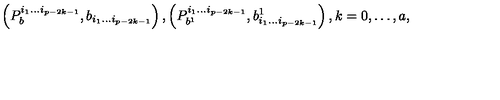
\left( P _ { b } ^ { i _ { 1 } \ldots i _ { p - 2 k - 1 } } , b _ { i _ { 1 } \ldots i _ { p - 2 k - 1 } } \right) , \left( P _ { b ^ { 1 } } ^ { i _ { 1 } \ldots i _ { p - 2 k - 1 } } , b _ { i _ { 1 } \ldots i _ { p - 2 k - 1 } } ^ { 1 } \right) , k = 0 , \ldots , a ,